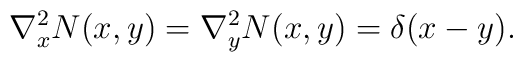
\nabla^2_x N(x,y) = \nabla^2_y N(x,y) = \delta(x-y).